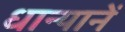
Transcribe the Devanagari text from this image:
धान्यानें